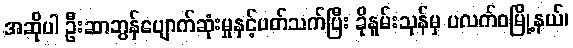
အဆိုပါ ဦးဆာဘွန်ပျောက်ဆုံးမှုနှင့်ပတ်သက်ပြီး ခိုနူမ်းသုန်မှ ပလက်ဝမြို့နယ်၊